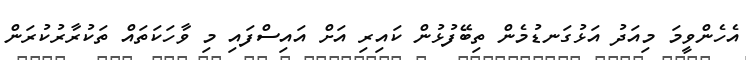
އެހެންވީމަ މިއަދު އަޅުގަނޑުމެން ތިބޭފުޅުން ކައިރި އަށް އައިސްފައި މި ވާހަކަތައް ތަކުރާރުކުރަން